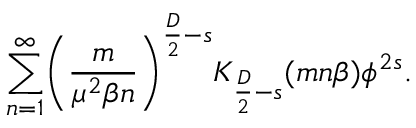
\sum _ { n = 1 } ^ { \infty } \biggl ( \frac { m } { \mu ^ { 2 } \beta n } \biggr ) ^ { \frac { D } { 2 } - s } K _ { \frac { D } { 2 } - s } ( m n \beta ) \phi ^ { 2 s } .